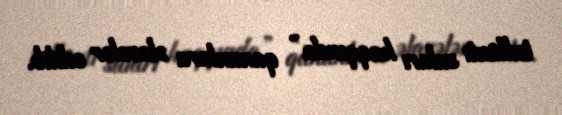
tullantı suları haqqında” qanunlara əlavələr edilib.